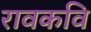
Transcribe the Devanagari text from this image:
रावकवि